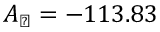
A _ { \perp } = - 1 1 3 . 8 3